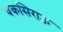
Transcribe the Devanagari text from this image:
चकसिराऊ